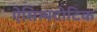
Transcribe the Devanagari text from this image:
ऐसिम्पटोटिक